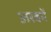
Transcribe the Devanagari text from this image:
अरबमें